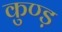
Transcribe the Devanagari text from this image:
कुण्ड़